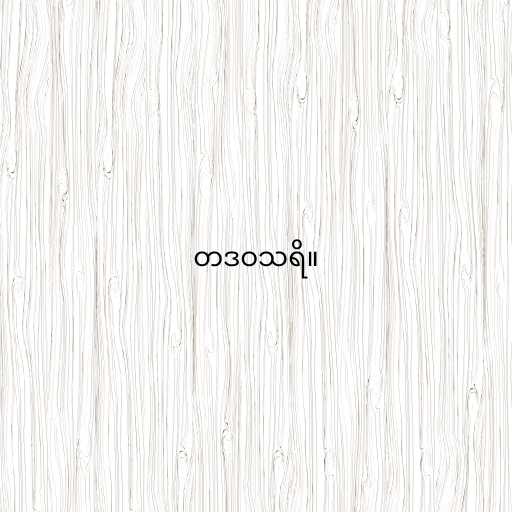
တဒဝသရိ။